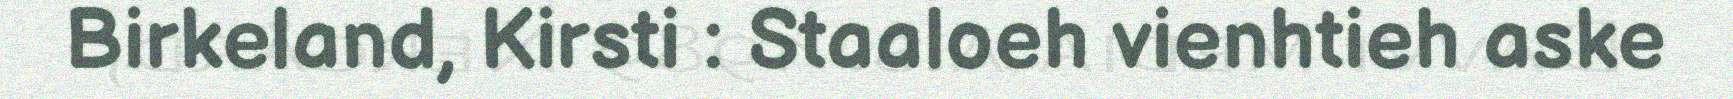
Birkeland, Kirsti : Staaloeh vienhtieh aske